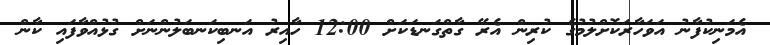
އެމަނިކުފާނު އަވަހާރަކޮށްލުމުގެ ކުރިން އެރޭ ގާތްގަނޑަކަށް 12:00 ހާއިރު އަނބިކަނބަލުންނަށް ގުޅުއްވާފައި ކާން